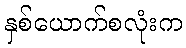
နှစ်ယောက်စလုံးက